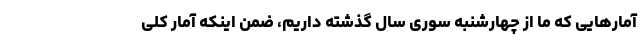
آمار‌هایی که ما از چهارشنبه سوری سال گذشته داریم، ضمن اینکه آمار کلی